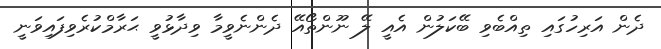
ދެން އަރިހުގައި ތިއްބެވި ބޭކަލުން އެއީ ލޭ ނޫންތޯއޭ ދެންނެވީމާ ވިދާޅުވީ ޙަރާމްކުރެވިފައިވަނީ